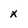
Character: x